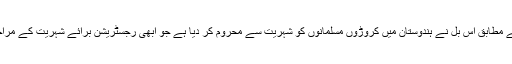
امریکی مذہبی کمیشن کے مطابق اس بل نے ہندوستان میں کروڑوں مسلمانوں کو شہریت سے محروم کر دیا ہے جو ابھی رجسٹریشن برائے شہریت کے مراحل سے گزر رہے تھے۔